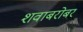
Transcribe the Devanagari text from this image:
शवाबरोबर